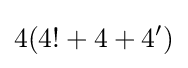
4(4!+4+4')